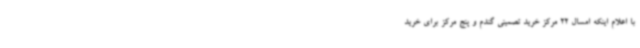
با اعلام اینکه امسال 22 مرکز خرید تصمینی گندم و پنج مرکز برای خرید